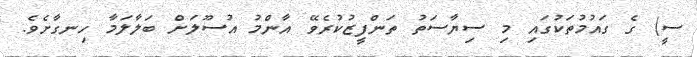
ސީ) ގެ ގައުމުތަކުގައި މި ސިޔާސަތު ތަންފީޒުކުރެވޭ އާންމު އުސޫލަށް ބަލާލަމާ ހިނގާށެވެ.